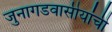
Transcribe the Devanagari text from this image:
जुनागडवासीयांची